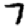
Digit: 7